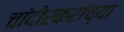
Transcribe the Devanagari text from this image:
चांदोरकरांच्या